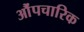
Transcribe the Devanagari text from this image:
औंपचारिक